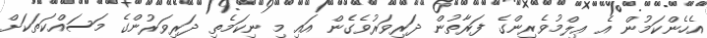
އެހެންކަމުން އެ ޢިލްމުވެރިންގެ ފަރާތުން ދަރިވަރުވެގެން އައި މި ނިކަމެތި ދަރިވަރުންގެ މަސައްކަތަކަށް